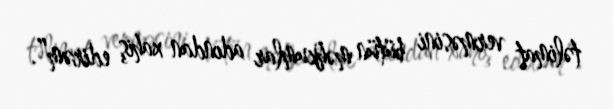
təlimat verməsini bütün məhkumlar adından xahiş edirəm”.